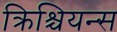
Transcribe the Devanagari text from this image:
क्रिश्चियन्स